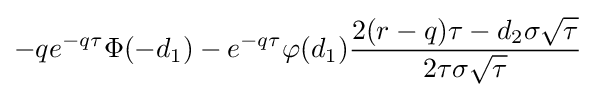
-qe^{-q\tau }\Phi (-d_{1})-e^{-q\tau }\varphi (d_{1}){\frac {2(r-q)\tau -d_{2}\sigma {\sqrt {\tau }}}{2\tau \sigma {\sqrt {\tau }}}}